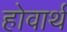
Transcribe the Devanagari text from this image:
होवार्थ